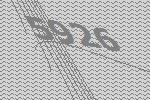
5926